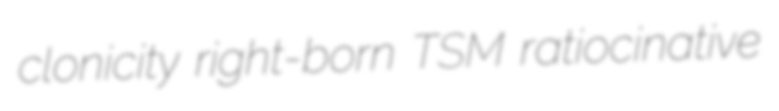
clonicity right-born TSM ratiocinative